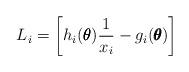
LaTeX: \begin{align*}L_i = \left[ h_i(\pmb{\theta}) \frac{1}{x_i} - g_i(\pmb{\theta}) \right]\end{align*}